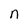
Character: n